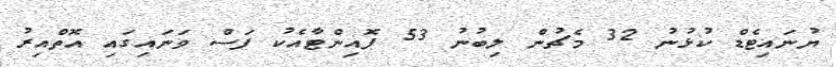
ޔުނައިޓެޑް ކުޅުނު 32 މެޗުން ލިބުނު 53 ޕޮއިންޓާއެކު ފަސް ވަނައިގައި އޮތްއިރު